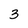
Character: 3